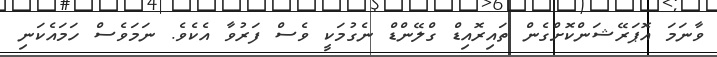
ވާނަމަ އޮޕަރޭޝަންކޮށްގެން ތައިރޮއިޑް ގްލޭންޑް ނެގުމަކީ ވެސް ފަރުވާ އެކެވެ. ނަމަވެސް ހަމައެކަނި